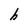
Character: h